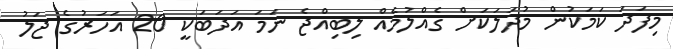
މިފަދަ ކަމަކުން މުދަލަކަށް ގެއްލުމެއް ލިބިއްޖެ ނަމަ އަދަބަކީ 20 އަހަރުގެ ޖަލު